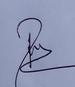
Signature authenticity: genuine